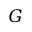
G